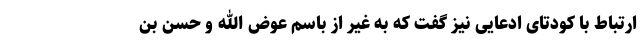
ارتباط با کودتای ادعایی نیز گفت که به غیر از باسم عوض الله و حسن بن